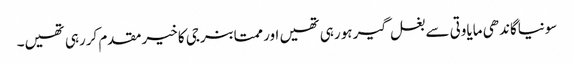
سونیاگاندھی مایاوتی سے بغل گیر ہورہی تھیں اور ممتابنرجی کا خیرمقدم کررہی تھیں۔